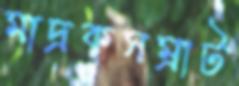
মাদ্রকসম্রাট